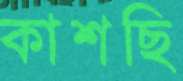
কাশছি